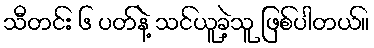
သီတင်း ၆ ပတ်နဲ့ သင်ယူခဲ့သူ ဖြစ်ပါတယ်။